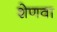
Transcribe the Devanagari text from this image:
शेणवा